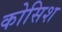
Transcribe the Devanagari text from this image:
कोसिश